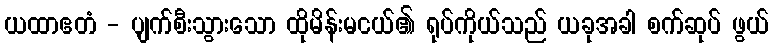
ယထာဧတံ - ပျက်စီးသွားသော ထိုမိန်းမငယ်၏ ရုပ်ကိုယ်သည် ယခုအခါ စက်ဆုပ် ဖွယ်